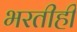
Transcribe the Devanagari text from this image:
भरतीही